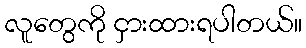
လူတွေကို ငှားထားရပါတယ်။